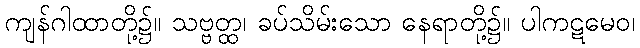
ကျန်ဂါထာတို့၌။ သဗ္ဗတ္ထ၊ ခပ်သိမ်းသော နေရာတို့၌။ ပါကဋမေဝ၊